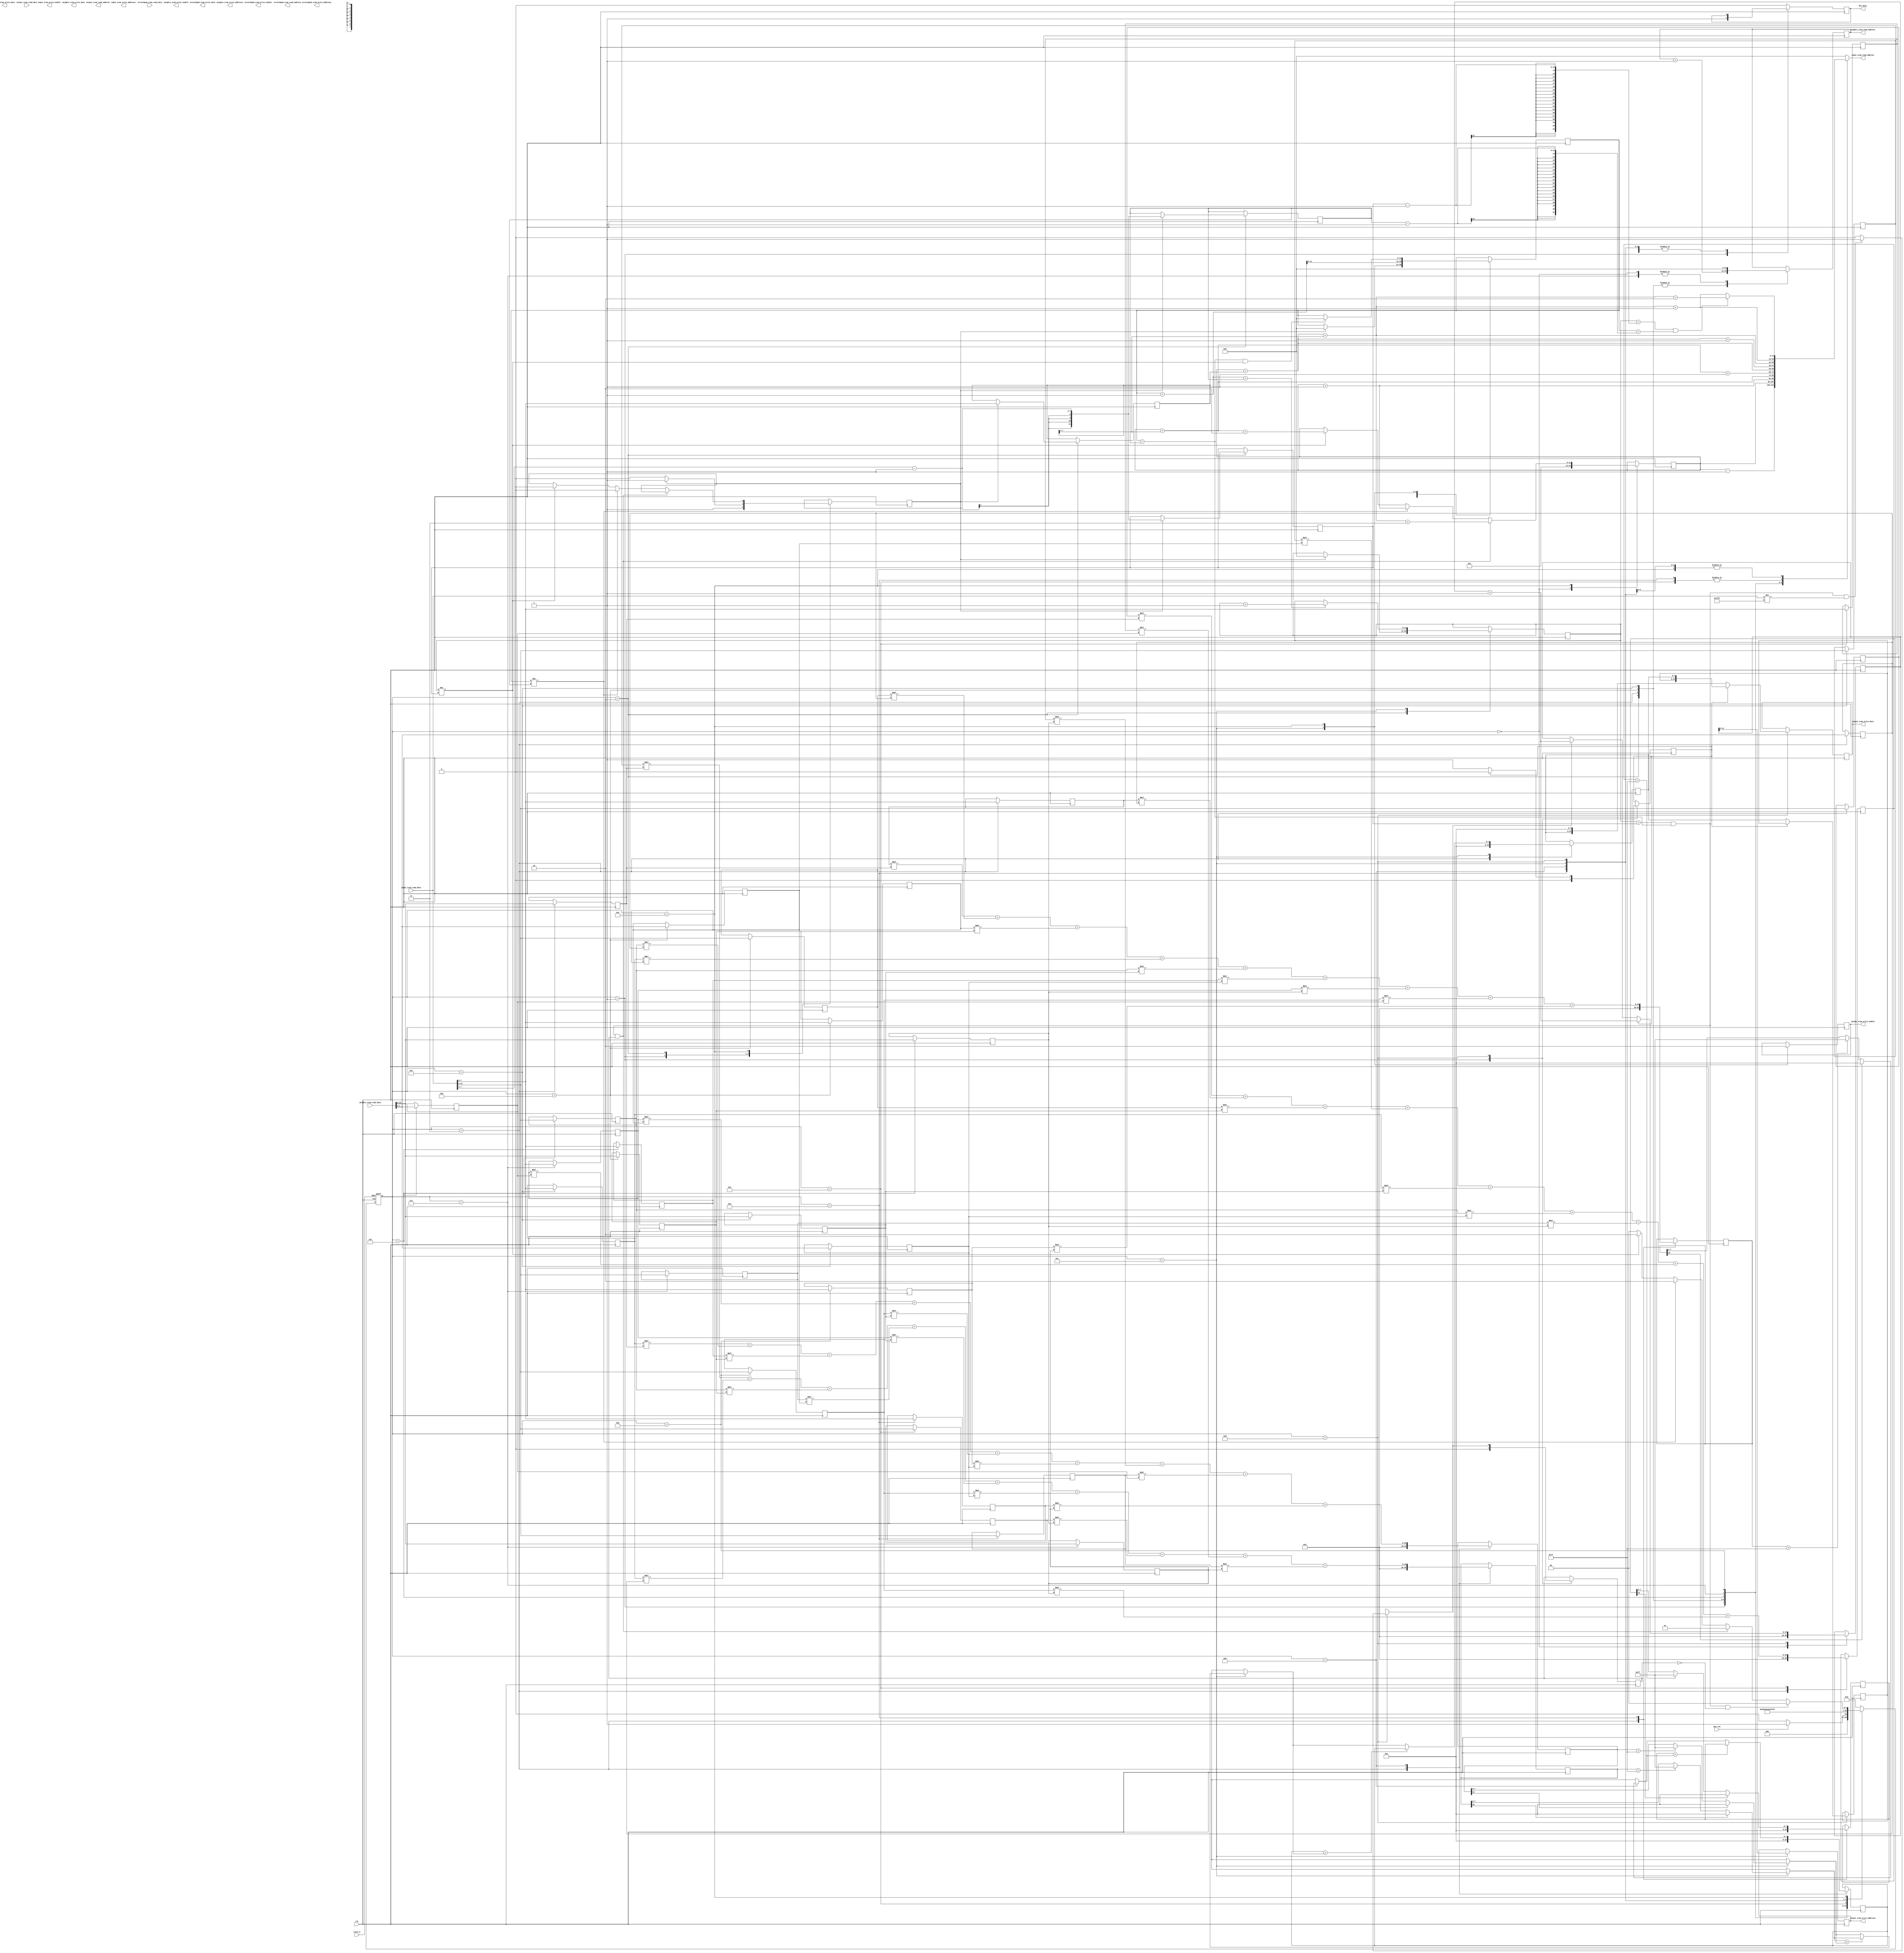
module MyDesign (
//---------------------------------------------------------------------------
//Control signals
  output  reg dut_busy                    ,
  input   wire dut_run                    , 
  input   wire reset_b                    ,  
  input   wire clk                        ,
 
//---------------------------------------------------------------------------
//input SRAM interface
  output reg        input_sram_write_enable    ,
  output reg [11:0] input_sram_write_addresss  ,
  output reg [15:0] input_sram_write_data      ,
  output reg [11:0] input_sram_read_address    ,
  input wire [15:0] input_sram_read_data       ,

//---------------------------------------------------------------------------
//Output SRAM interface
  output reg        output_sram_write_enable    ,
  output reg [11:0] output_sram_write_addresss  ,
  output reg [15:0] output_sram_write_data      ,
  output reg [11:0] output_sram_read_address    ,
  input wire [15:0] output_sram_read_data       ,
  
  //Scratchpad SRAM interface
  output reg        scratchpad_sram_write_enable    ,
  output reg [11:0] scratchpad_sram_write_addresss  ,
  output reg [15:0] scratchpad_sram_write_data      ,
  output reg [11:0] scratchpad_sram_read_address    ,
  input wire [15:0] scratchpad_sram_read_data       ,

//---------------------------------------------------------------------------
//weights SRAM interface                                                       
  output reg        weights_sram_write_enable    ,
  output reg [11:0] weights_sram_write_addresss  ,
  output reg [15:0] weights_sram_write_data      ,
  output reg [11:0] weights_sram_read_address    ,
  input wire [15:0] weights_sram_read_data       

);

reg signed [7:0] i1,i2,i3,i4,i5,i6,i7,i8,i9,i10,i11,i12,i13,i14,i15,i16; //Registers for input matrix
reg signed [7:0] k1,k2,k3,k4,k5,k6,k7,k8,k9; //Registers for weight matrix
reg signed [19:0] conv1,conv2,conv3,conv4; //Convolution result
reg signed [7:0] relu1,relu2,relu3,relu4; //Relu result
reg signed [7:0] max,max1,max2; //Max Pooling Result
reg [3:0] current_state;
reg [3:0] next_state;
reg [11:0] starting_point; 
reg [7:0] matrix_size;
reg [11:0] row_counter,row_max;
reg [11:0] column_counter,column_max;
reg [7:0] store;
reg [19:0] write_address_counter;
reg write_flag;
reg matrix_size_flag;
reg next_matrix_flag;

localparam state_0   =  3'b000; // Reset state
localparam state_1   =  3'b001; // state 1
localparam state_2   =  3'b010; // state 2
localparam state_3   =  3'b011; // state 3
localparam state_4   =  3'b100; // state 4
localparam state_5   =  3'b101; // state 5
localparam state_6   =  3'b110; // state 6
localparam state_7   =  3'b111; // state 7
localparam state_8   = 4'b1000; // state 8
localparam state_9   = 4'b1001; // state 9
localparam state_10  = 4'b1010; // state 10 
localparam state_11  = 4'b1011; // state 11
localparam state_12  = 4'b1100; // state 12
localparam state_13  = 4'b1101; // state 13
localparam state_14  = 4'b1110; // state 14

always@(posedge clk or negedge reset_b)
begin
if(!reset_b)
current_state<=4'b0000;
else
current_state<=next_state;
end

always@(*) begin
casex (current_state)
//Initial State
state_0:begin
input_sram_read_address=0;
if(dut_run==1'b1)
begin
next_state=state_1;
end
else
begin
next_state=state_0;
end
end
//Read size of input matrix
state_1:begin
input_sram_read_address=starting_point-1;
next_state=state_2;
end
//Read i1,i2 from input matrix
state_2:begin
input_sram_read_address=starting_point;
next_state=state_3;
end
//Read i3,i4 from input matrix
state_3:begin
input_sram_read_address=starting_point+1;
next_state=state_4;
end
//Read i5,i6 from input matrix
state_4:begin
input_sram_read_address=starting_point+(matrix_size>>1);
next_state=state_5;
end
//Read i7,i8 from input matrix
state_5:begin
input_sram_read_address=starting_point+(matrix_size>>1)+1;
next_state=state_6;
end
//Read i9,i10 from input matrix
state_6:begin
input_sram_read_address=starting_point+matrix_size;
next_state=state_7;
end
//Read i11,i12 from input matrix
state_7:begin
input_sram_read_address=starting_point+(matrix_size)+1;
next_state=state_8;
end
//Read i13,i4 from input matrix
state_8:begin
input_sram_read_address=starting_point+(matrix_size)+(matrix_size>>1);
next_state=state_9;
end
//Read i15,i6 from input matrix
state_9:begin
input_sram_read_address=starting_point+(matrix_size)+(matrix_size>>1)+1;
next_state=state_10;
end
state_10:begin
input_sram_read_address=starting_point+(matrix_size)+(matrix_size>>1)+1;
next_state=state_11;
end
//Check End of matrix and Read size of next input matrix if present
state_11:begin
if(row_counter==row_max-1 && column_counter==column_max-1)
begin
input_sram_read_address=starting_point+(matrix_size)+(matrix_size>>1)+2;
end
else
begin
input_sram_read_address=starting_point+(matrix_size)+(matrix_size>>1)+1;
end
next_state=state_12;
end
state_12:begin
if(row_counter==row_max-1 && column_counter==column_max-1)
begin
input_sram_read_address=starting_point+(matrix_size)+(matrix_size>>1)+2;
end
else
begin
input_sram_read_address=starting_point+(matrix_size)+(matrix_size>>1)+1;
end
next_state=state_13;
end
state_13:begin
if(row_counter==row_max-1 && column_counter==column_max-1)
begin
input_sram_read_address=starting_point+(matrix_size)+(matrix_size>>1)+2;
end
else
begin
input_sram_read_address=starting_point+(matrix_size)+(matrix_size>>1)+1;
end
next_state=state_14;
end
//Check End of matrix and if next matrix present got to state 1 else to state 0
//Check End of row or column and go to state 2 accordingly
state_14:begin
if(row_counter==row_max-1 && column_counter==column_max-1)
begin
input_sram_read_address=starting_point+(matrix_size)+(matrix_size>>1)+2;
end
else
begin
input_sram_read_address=starting_point+(matrix_size)+(matrix_size>>1)+1;
end
if(row_counter==row_max && column_counter==column_max && next_matrix_flag==0)
begin
next_state=state_0;
end
else if(row_counter==row_max && column_counter==column_max && next_matrix_flag==1)
begin
next_state=state_1;
end
else if(column_counter!=column_max)
begin
next_state=state_2;
end
else if(row_counter!=row_max)
begin
next_state=state_2;
end
else
begin
next_state=state_0;
end
end

default:
begin
input_sram_read_address=0;
next_state=state_0;
end
endcase
end

always@(posedge clk)
begin
casex (current_state)
//Initialize values
state_0:
begin
dut_busy<=0;
write_address_counter<=0;
weights_sram_read_address<=0;
starting_point<=1'b1;
end
//Set dut_busy to high
state_1:
begin
dut_busy<=1;
write_flag=0;
matrix_size_flag<=1;
next_matrix_flag=0;
end
//Read the matrix parameters 
state_2:
begin
weights_sram_read_address<=weights_sram_read_address+1;
if(matrix_size_flag==1)
begin
matrix_size<=input_sram_read_data[7:0];
row_max<=(input_sram_read_data[7:0]>>1)-1;
column_max<=(input_sram_read_data[7:0]>>1)-1;
row_counter<=0;
column_counter<=0;
end
else
matrix_size_flag<=0;
end
//Assign values of input matrix & weight matrix to its registers respectively 
state_3:
begin
i1<=input_sram_read_data[15:8];
i2<=input_sram_read_data[7:0];
k1<=weights_sram_read_data[15:8];
k2<=weights_sram_read_data[7:0];
weights_sram_read_address<=weights_sram_read_address+1;
conv1<=0;
conv2<=0;
conv3<=0;
conv4<=0;
relu1=0;
relu2=0;
relu3=0;
relu4=0;
max=0;
max1=0;
max2=0;
end
//Assign values of input matrix & weight matrix to its registers respectively
state_4:
begin
i3<=input_sram_read_data[15:8];
i4<=input_sram_read_data[7:0];
k3<=weights_sram_read_data[15:8];
k4<=weights_sram_read_data[7:0];
weights_sram_read_address<=weights_sram_read_address+1;
end
//Assign values of input matrix & weight matrix to its registers respectively
state_5:
begin
i5<=input_sram_read_data[15:8];
i6<=input_sram_read_data[7:0];
k5<=weights_sram_read_data[15:8];
k6<=weights_sram_read_data[7:0];
weights_sram_read_address<=weights_sram_read_address+1;
end
//Assign values of input matrix & weight matrix to its registers respectively
state_6:
begin
i7<=input_sram_read_data[15:8];
i8<=input_sram_read_data[7:0];
k7<=weights_sram_read_data[15:8];
k8<=weights_sram_read_data[7:0];
end
//Assign values of input matrix & weight matrix to its registers respectively
state_7:
begin
i9<=input_sram_read_data[15:8];
i10<=input_sram_read_data[7:0];
k9<=weights_sram_read_data[15:8];
weights_sram_read_address<=0;
end
//Assign values of input matrix & weight matrix to its registers respectively
state_8:
begin
i11<=input_sram_read_data[15:8];
i12<=input_sram_read_data[7:0];
end
//Assign values of input matrix & weight matrix to its registers respectively
//Calculate Conv1
state_9:
begin
i13<=input_sram_read_data[15:8];
i14<=input_sram_read_data[7:0];
conv1<=i1*k1 + i2*k2 + i3*k3 + i5*k4 + i6*k5 + i7*k6 + i9*k7 + i10*k8 + i11*k9;
end
//Assign values of input matrix & weight matrix to its registers respectively
//Calculate Conv2 & Relu1
state_10:
begin
i15<=input_sram_read_data[15:8];
i16<=input_sram_read_data[7:0];
conv2<=i2*k1 + i3*k2 + i4*k3 + i6*k4 + i7*k5 + i8*k6 + i10*k7 + i11*k8 + i12*k9;
if(conv1[19] == 1'b1)
relu1=1'b0;
else if(conv1 > 7'b1111111)
relu1=7'b1111111;
else
relu1=conv1;
end
//Calculate Conv3, Con4 & Relu2 & Max1
state_11:
begin
conv3<=i5*k1 + i6*k2 + i7*k3 + i9*k4 + i10*k5 + i11*k6 + i13*k7 + i14*k8 + i15*k9;
conv4<=i6*k1 + i7*k2 + i8*k3 + i10*k4 + i11*k5 + i12*k6 + i14*k7 + i15*k8 + i16*k9;
if(conv2[19] == 1'b1)
relu2=1'b0;
else if(conv2 > 7'b1111111)
relu2=7'b1111111;
else
relu2=conv2;
if(relu1 > relu2)
max1=relu1;
else
max1=relu2;
end
//Calculate Relu3, Relu4, Max2 & set max of max1 & max2 to max
//Increment Column & Row Counter
//Enable write sram to write the max value  
state_12:
begin
if(conv3[19] == 1'b1)
relu3=1'b0;
else if(conv3 > 7'b1111111)
relu3=7'b1111111;
else
relu3=conv3;
if(conv4[19] == 1'b1)
relu4=1'b0;
else if(conv4 > 7'b1111111)
relu4=7'b1111111;
else
relu4=conv4;
if(relu3 > relu4)
max2=relu3;
else
max2=relu4;
if(max1 > max2)
max=max1;
else
max=max2;
column_counter<=column_counter+1;
if(column_counter+1 == column_max)
begin
row_counter<=row_counter+1;
end
else
begin
row_counter<=row_counter;
end
output_sram_write_enable<=1;
output_sram_write_addresss<=write_address_counter;
end
//Set next matrix flag to 1 if next element is FFFF
//Write the max value into output sram
state_13:
begin
if(row_counter==row_max && column_counter==column_max && input_sram_read_data[15:0]!=16'b1111111111111111)
begin
next_matrix_flag=1;
end
else if(row_counter==row_max && column_counter==column_max && input_sram_read_data[15:0]==16'b1111111111111111)
begin
next_matrix_flag=0;
end
else
next_matrix_flag=0;
if(write_flag==0)
begin
store<=max;
output_sram_write_data<={max[7:0],8'b00000000};
write_flag=1;
if(next_matrix_flag==1)
begin
write_address_counter<=write_address_counter+1;
end
else
write_address_counter<=write_address_counter;
end
else
begin
output_sram_write_data<={store[7:0],max[7:0]};
write_flag=0;
write_address_counter<=write_address_counter+1;
end
end
//Check End of matrix and if next matrix present set starting position accordingly 
//Check End of column and intialize the counter to 0
state_14:
begin
if(row_counter==row_max && column_counter==column_max && next_matrix_flag==1)
begin
starting_point<=starting_point+(matrix_size)+(matrix_size>>1)+3;
end
else if(column_counter!=column_max)
begin
starting_point<=starting_point+1;
matrix_size_flag<=0;
end
else if(row_counter!=row_max)
begin
starting_point<=starting_point+(matrix_size>>1)+2;
matrix_size_flag<=0;
end
else 
starting_point<=starting_point;
if(column_counter==column_max && row_counter!=row_max)
begin
column_counter<=0;
end
else
begin
column_counter<=column_counter;
end
output_sram_write_enable<=0;
end

default:
dut_busy<=0;
endcase
end
endmodule